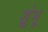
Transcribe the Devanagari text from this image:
शुंभू